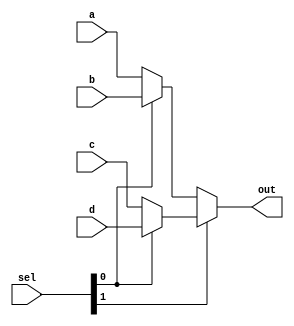
`timescale 1ns / 1ps
//////////////////////////////////////////////////////////////////////////////////
// Company: 
// Engineer: 
// 
// Design Name: 
// Module Name: mux3
// Project Name: 
// Target Devices: 
// Tool Versions: 
// Description: 
// 
// Dependencies: 
// 
// Revision:
// Revision 0.01 - File Created
// Additional Comments:
// 
//////////////////////////////////////////////////////////////////////////////////


module mux3 #(parameter WIDTH = 32) ( 
         input  [WIDTH-1:0] a,                 
         input  [WIDTH-1:0] b,                 
         input  [WIDTH-1:0] c,                 
         input  [WIDTH-1:0] d,                 
         input  [1:0]       sel,               
         output [WIDTH-1:0] out);            
 
   // When sel[1] is 0, (sel[0]? b:a) is selected and when sel[1] is 1, (sel[0] ? d:c) is taken
   // When sel[0] is 0, a is sent to output, else b and when sel[0] is 0, c is sent to output, else d
   assign out = sel[1] ? (sel[0] ? d : c) : (sel[0] ? b : a); 
 
endmodule